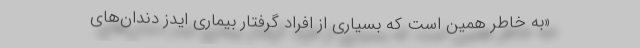
«به خاطر همین است که بسیاری از افراد گرفتار بیماری ایدز دندان‌های